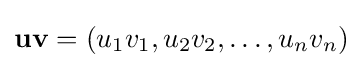
\mathbf {uv} =(u_{1}v_{1},u_{2}v_{2},\ldots ,u_{n}v_{n})